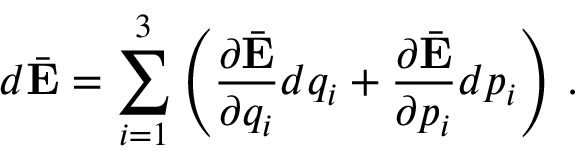
d \bar { \bf E } = \sum _ { i = 1 } ^ { 3 } \left( \frac { \partial \bar { \bf E } } { \partial q _ { i } } d q _ { i } + \frac { \partial \bar { \bf E } } { \partial p _ { i } } d p _ { i } \right) \, .